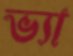
ভ্যা